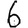
Digit: 6